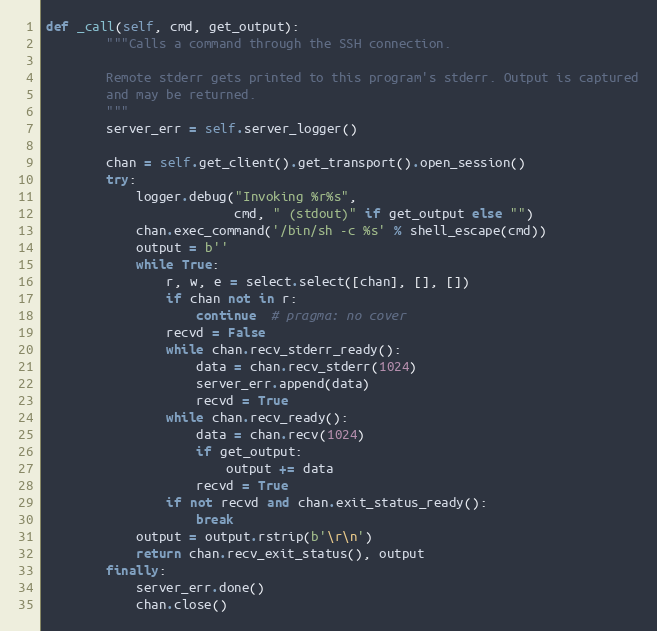
Language: Python
def _call(self, cmd, get_output):
        """Calls a command through the SSH connection.

        Remote stderr gets printed to this program's stderr. Output is captured
        and may be returned.
        """
        server_err = self.server_logger()

        chan = self.get_client().get_transport().open_session()
        try:
            logger.debug("Invoking %r%s",
                         cmd, " (stdout)" if get_output else "")
            chan.exec_command('/bin/sh -c %s' % shell_escape(cmd))
            output = b''
            while True:
                r, w, e = select.select([chan], [], [])
                if chan not in r:
                    continue  # pragma: no cover
                recvd = False
                while chan.recv_stderr_ready():
                    data = chan.recv_stderr(1024)
                    server_err.append(data)
                    recvd = True
                while chan.recv_ready():
                    data = chan.recv(1024)
                    if get_output:
                        output += data
                    recvd = True
                if not recvd and chan.exit_status_ready():
                    break
            output = output.rstrip(b'\r\n')
            return chan.recv_exit_status(), output
        finally:
            server_err.done()
            chan.close()